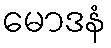
မောဒနံ